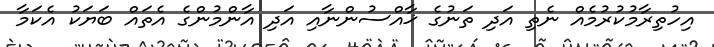
އިހުތިރާމުކުރުމެއް ނެތި އަދި ތަނުގެ ޚާއްސުންނާއި އަދި އާންމުންގެ އެތައް ބަޔަކު އެކަމާ